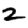
Digit: 2